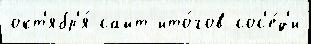
окт'ябр'я́ сайт ито́гов сос'е́д'и